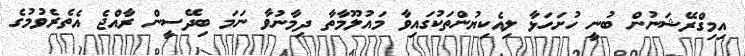
އިމިގްރޭޝަނުން ބުނީ ހުށަހަޅާ ލިއެކިޔުންތަކުގައިވާ މައުލޫމާތާ ދިމާނުވާ ނަމަ ބިދޭސީން ރާއްޖެ އެތެރެވުމުގެ